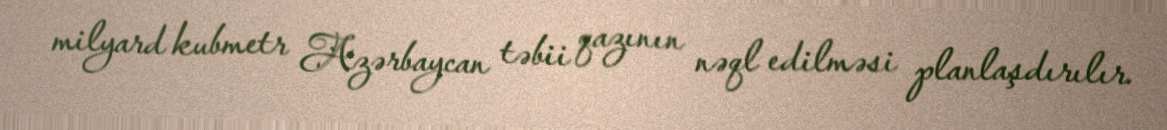
milyard kubmetr Azərbaycan təbii qazının nəql edilməsi planlaşdırılır.